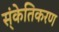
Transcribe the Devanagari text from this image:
स्ंकेतिकरण